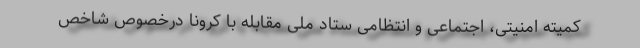
کمیته امنیتی، اجتماعی و انتظامی ستاد ملی مقابله با کرونا درخصوص شاخص